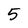
Character: 5